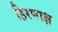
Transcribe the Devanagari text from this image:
हिरणाक्ष